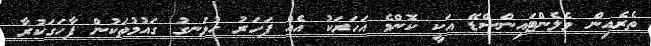
ތެރެއިން ވެލެންޓައިންސްޑޭ އަކީ ކޮންމެ އަހަރަކު އެއް ފަހަރު ހުޅަނގު ގައުމުތަކުން ފާހަގަކުރާ